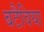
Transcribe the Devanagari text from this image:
बटैविया